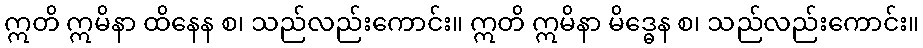
ဣတိ ဣမိနာ ထိနေန စ၊ သည်လည်းကောင်း။ ဣတိ ဣမိနာ မိဒ္ဓေန စ၊ သည်လည်းကောင်း။